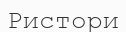
Ристори